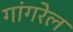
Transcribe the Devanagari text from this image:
गांगरेल